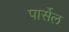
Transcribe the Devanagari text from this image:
पार्सेल